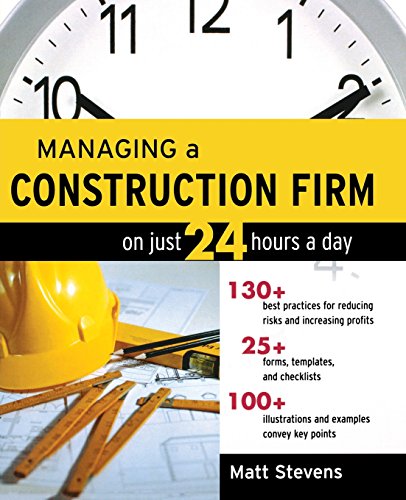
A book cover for Managing a Construction Firm on Just 24 Hours a Day; Matt Stevens; Business & Money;